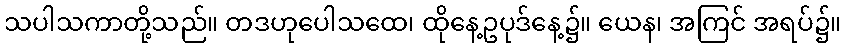
သပါသကာတို့သည်။ တဒဟုပေါသထေ၊ ထိုနေ့ဥပုဒ်နေ့၌။ ယေန၊ အကြင် အရပ်၌။